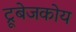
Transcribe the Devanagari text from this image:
ट्रूबेजकोय